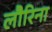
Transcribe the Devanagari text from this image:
लौरिना